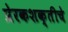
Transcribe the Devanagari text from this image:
प्रेरकशक्तीचे